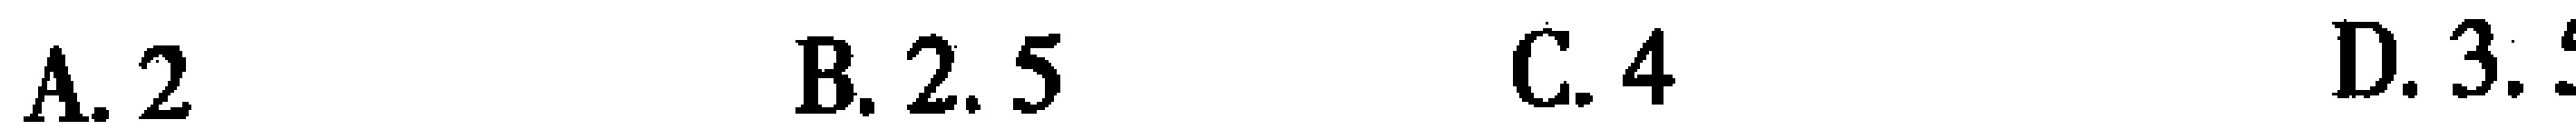
A. 2  B. 2.5  C. 4  D. 3.